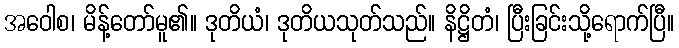
အဝေါစ၊ မိန့်တော်မူ၏။ ဒုတိယံ၊ ဒုတိယသုတ်သည်။ နိဋ္ဌိတံ၊ ပြီးခြင်းသို့ရောက်ပြီ။